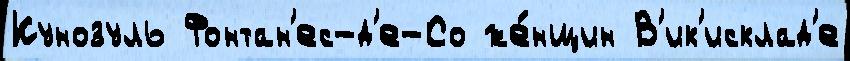
Кунозуль Фонтан'ес-д'е-Со же́нщин В'ик'исклад'е